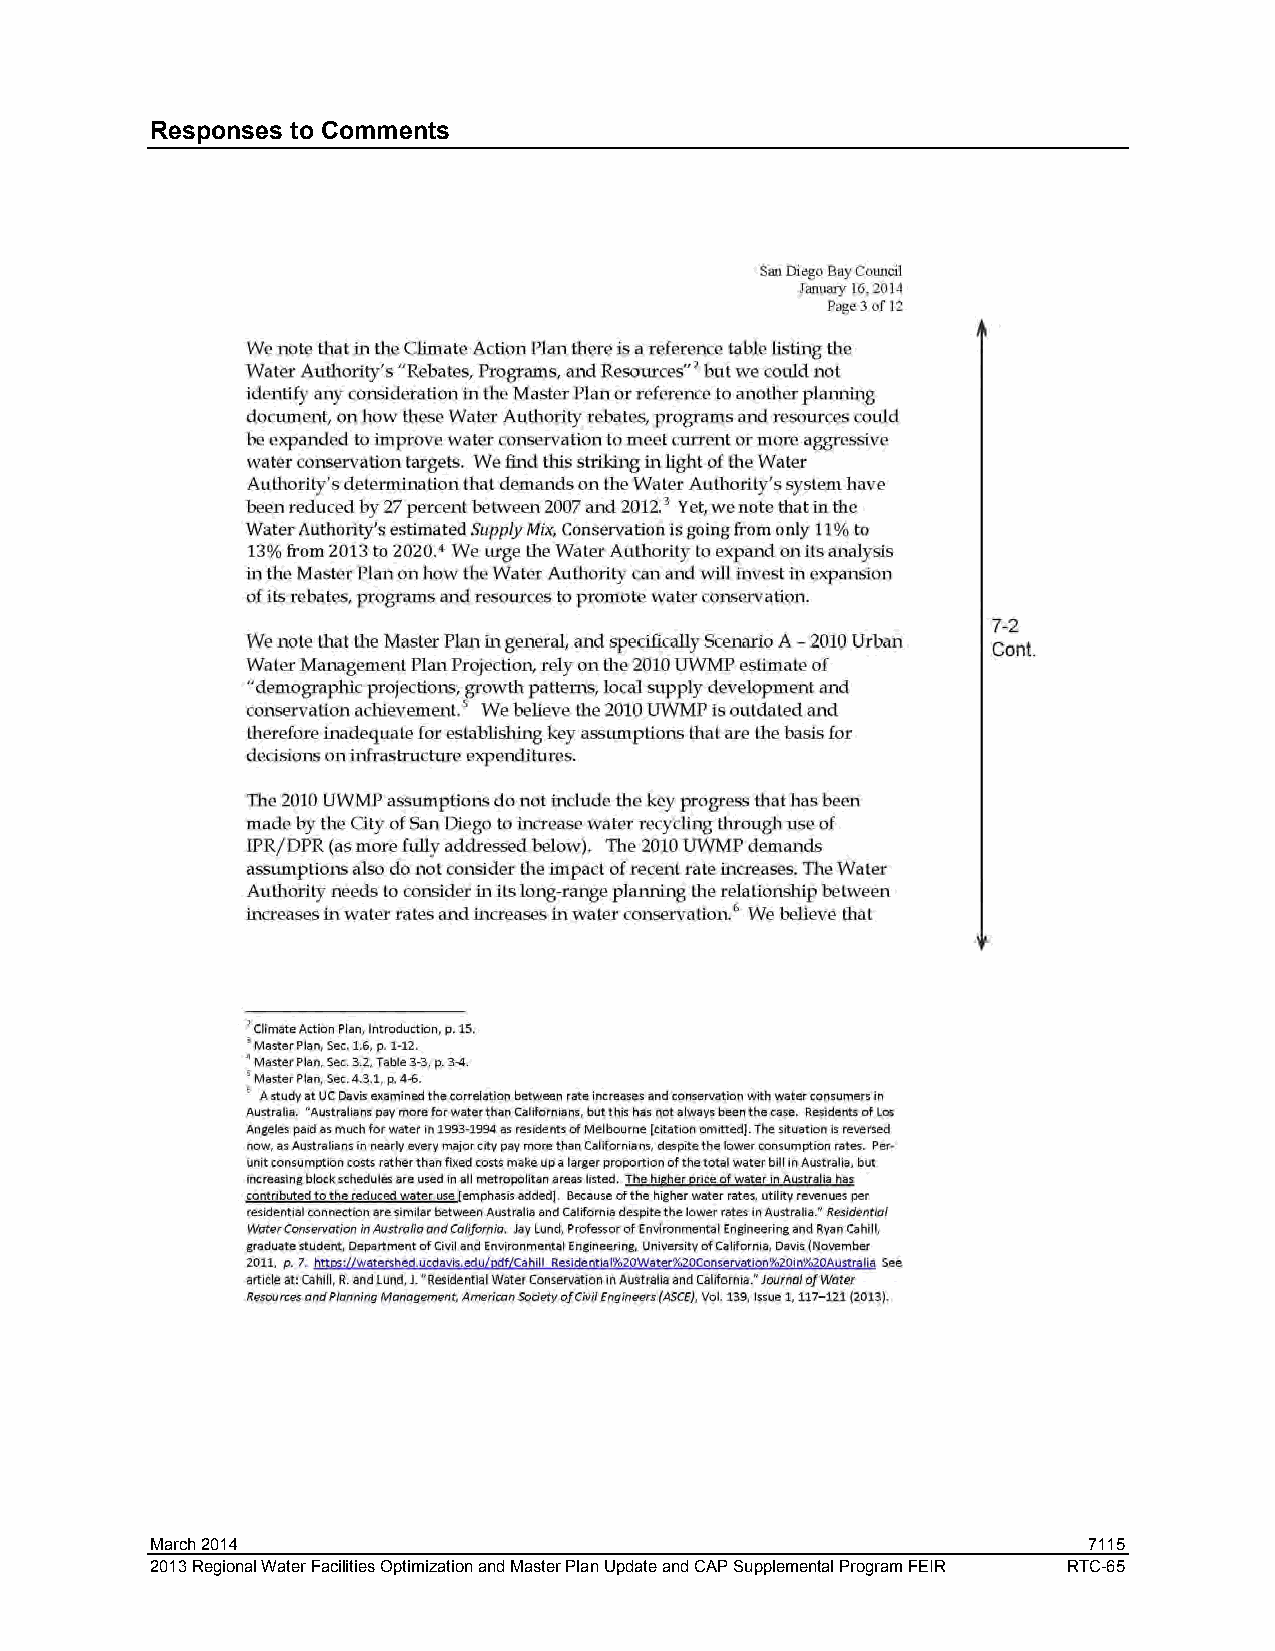
Responses to Comments
 March 2014                                                    7115
 2013 Regional Water Facilities Optimization and Master Plan Update and CAP Supplemental Program FEIR RTC-65